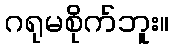
ဂရုမစိုက်ဘူး။